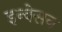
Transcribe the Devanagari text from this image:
इन्वेसन